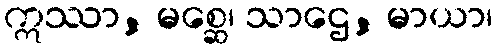
ဣဿာ, မစ္ဆေ၊ သာဌေ, မာယာ၊